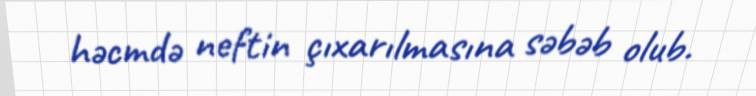
həcmdə neftin çıxarılmasına səbəb olub.